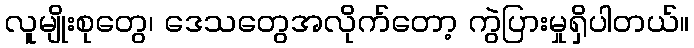
လူမျိုးစုတွေ၊ ဒေသတွေအလိုက်တော့ ကွဲပြားမှုရှိပါတယ်။